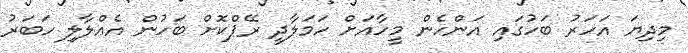
މިދިޔަ އަހަރު ބަހުގައި އަންހެން މީހާއަށް ހަމަލާދީ ރޭޕްކޮށް ބަހުން އެއްލާލި ހަބަރު